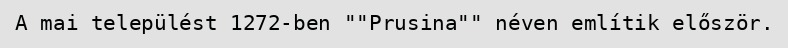
A mai települést 1272-ben ""Prusina"" néven említik először.